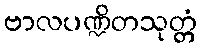
ဗာလပဏ္ဍိတသုတ္တံ